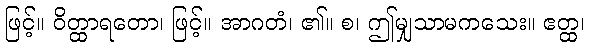
ဖြင့်။ ဝိတ္ထာရတော၊ ဖြင့်။ အာဂတံ၊ ၏။ စ၊ ဤမျှသာမကသေး။ ဧတ္ထ၊